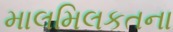
માલમિલકતના